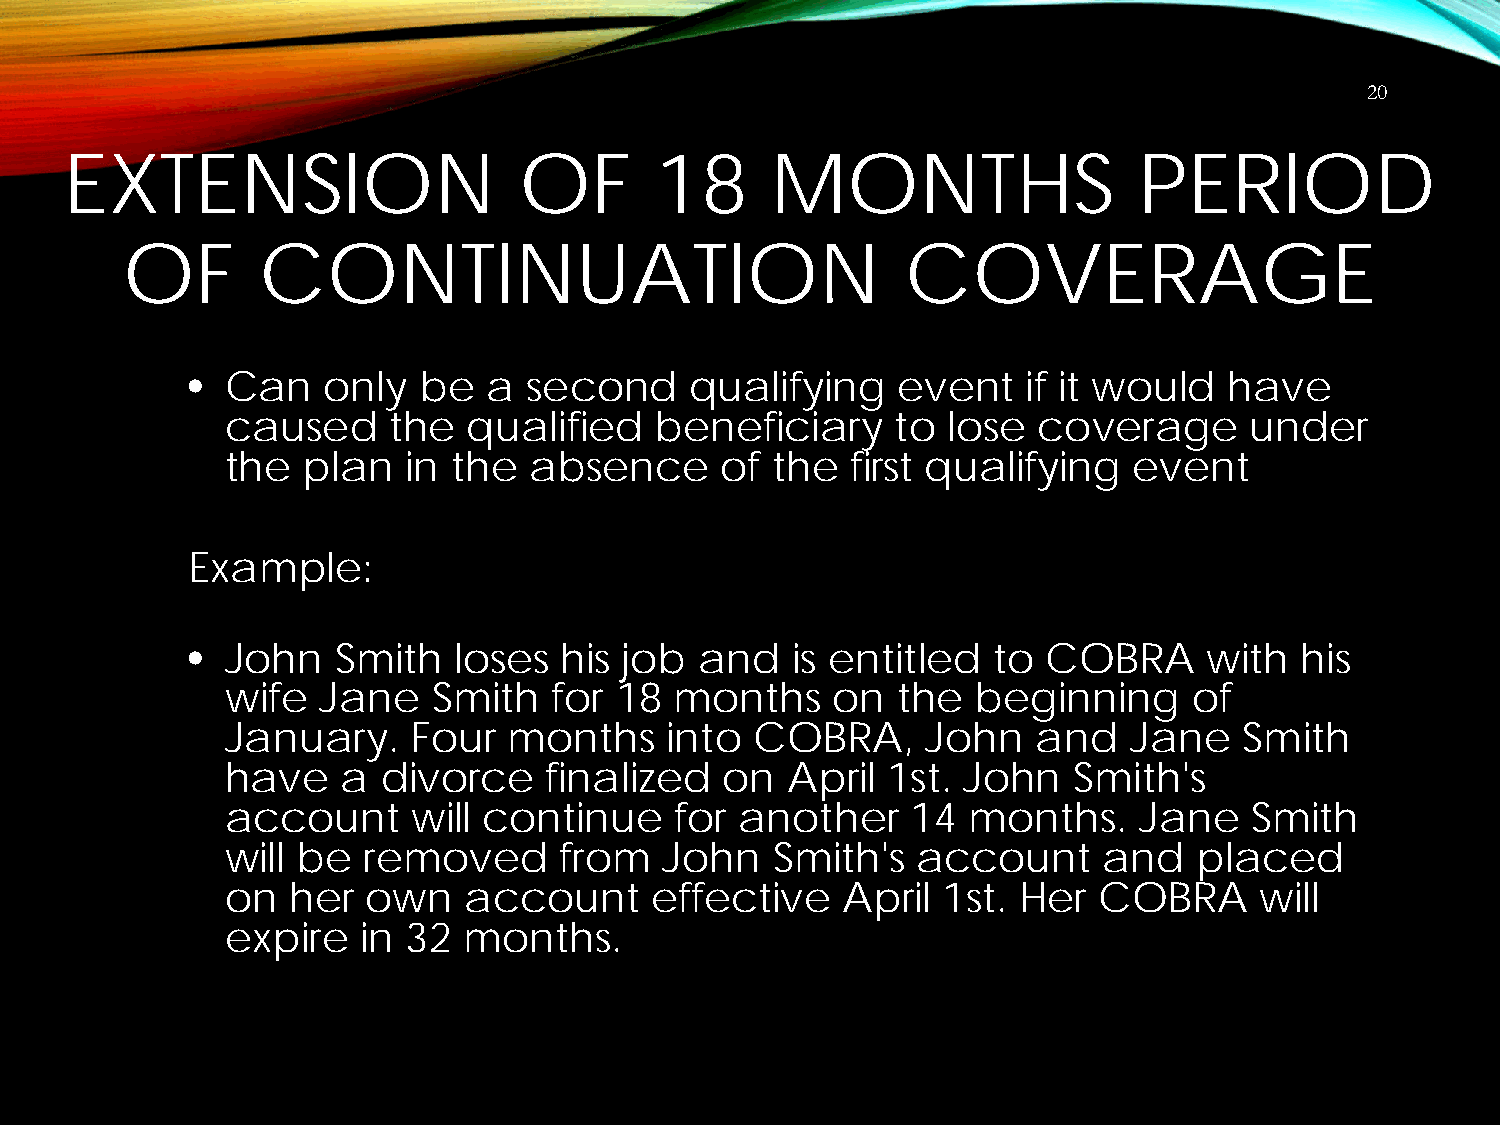
20
 EXTENSION                     OF       18      MONTHS                  PERIOD
 OF       CONTINUATION                               COVERAGE
 •  Can   only   be  a  second     qualifying   event    if it would  have
 caused     the  qualified   beneficiary     to  lose  coverage      under
 the  plan   in the  absence      of the  first qualifying   event
 Example:
 •  John   Smith   loses  his job  and   is entitled   to COBRA      with  his
 wife  Jane    Smith  for  18  months    on  the   beginning     of
 January.    Four   months    into  COBRA,     John    and   Jane   Smith
 have    a divorce    finalized   on  April  1st. John   Smith's
 account     will continue     for another    14  months.    Jane    Smith
 will be  removed      from   John   Smith's   account     and   placed
 on  her  own    account     effective    April 1st. Her   COBRA     will
 expire   in 32  months.